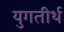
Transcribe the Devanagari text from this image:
युगतीर्थ